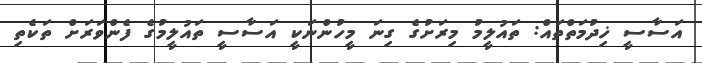
އަސާސީ ޚިދުމަތްތައް: ތައުލީމު މިރަށުގެ ގިނަ މީހުންނަކީ އަސާސީ ތައުލީމުގެ ފެންވަރަށް ތަކެތި